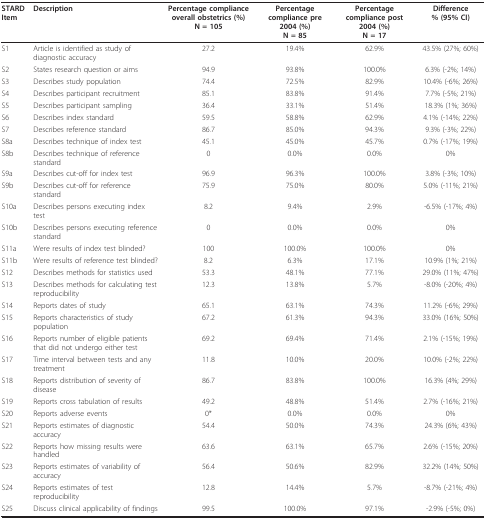
<table><thead><tr><td><b>STARD Item</b></td><td><b>Description</b></td><td><b>Percentage compliance overall obstetrics (%)N = 105</b></td><td><b>Percentage compliance pre 2004 (%)N = 85</b></td><td><b>Percentage compliance post 2004 (%)N = 17</b></td><td><b>Difference% (95% CI)</b></td></tr></thead><tbody><tr><td>S1</td><td>Article is identified as study of diagnostic accuracy</td><td>27.2</td><td>19.4%</td><td>62.9%</td><td>43.5% (27%; 60%)</td></tr><tr><td>S2</td><td>States research question or aims</td><td>94.9</td><td>93.8%</td><td>100.0%</td><td>6.3% (-2%; 14%)</td></tr><tr><td>S3</td><td>Describes study population</td><td>74.4</td><td>72.5%</td><td>82.9%</td><td>10.4% (-6%; 26%)</td></tr><tr><td>S4</td><td>Describes participant recruitment</td><td>85.1</td><td>83.8%</td><td>91.4%</td><td>7.7% (-5%; 21%)</td></tr><tr><td>S5</td><td>Describes participant sampling</td><td>36.4</td><td>33.1%</td><td>51.4%</td><td>18.3% (1%; 36%)</td></tr><tr><td>S6</td><td>Describes index standard</td><td>59.5</td><td>58.8%</td><td>62.9%</td><td>4.1% (-14%; 22%)</td></tr><tr><td>S7</td><td>Describes reference standard</td><td>86.7</td><td>85.0%</td><td>94.3%</td><td>9.3% (-3%; 22%)</td></tr><tr><td>S8a</td><td>Describes technique of index test</td><td>45.1</td><td>45.0%</td><td>45.7%</td><td>0.7% (-17%; 19%)</td></tr><tr><td>S8b</td><td>Describes technique of reference standard</td><td>0</td><td>0.0%</td><td>0.0%</td><td>0%</td></tr><tr><td>S9a</td><td>Describes cut-off for index test</td><td>96.9</td><td>96.3%</td><td>100.0%</td><td>3.8% (-3%; 10%)</td></tr><tr><td>S9b</td><td>Describes cut-off for reference standard</td><td>75.9</td><td>75.0%</td><td>80.0%</td><td>5.0% (-11%; 21%)</td></tr><tr><td>S10a</td><td>Describes persons executing index test</td><td>8.2</td><td>9.4%</td><td>2.9%</td><td>-6.5% (-17%; 4%)</td></tr><tr><td>S10b</td><td>Describes persons executing reference standard</td><td>0</td><td>0.0%</td><td>0.0%</td><td>0%</td></tr><tr><td>S11a</td><td>Were results of index test blinded?</td><td>100</td><td>100.0%</td><td>100.0%</td><td>0%</td></tr><tr><td>S11b</td><td>Were results of reference test blinded?</td><td>8.2</td><td>6.3%</td><td>17.1%</td><td>10.9% (1%; 21%)</td></tr><tr><td>S12</td><td>Describes methods for statistics used</td><td>53.3</td><td>48.1%</td><td>77.1%</td><td>29.0% (11%; 47%)</td></tr><tr><td>S13</td><td>Describes methods for calculating test reproducibility</td><td>12.3</td><td>13.8%</td><td>5.7%</td><td>-8.0% (-20%; 4%)</td></tr><tr><td>S14</td><td>Reports dates of study</td><td>65.1</td><td>63.1%</td><td>74.3%</td><td>11.2% (-6%; 29%)</td></tr><tr><td>S15</td><td>Reports characteristics of study population</td><td>67.2</td><td>61.3%</td><td>94.3%</td><td>33.0% (16%; 50%)</td></tr><tr><td>S16</td><td>Reports number of eligible patients that did not undergo either test</td><td>69.2</td><td>69.4%</td><td>71.4%</td><td>2.1% (-15%; 19%)</td></tr><tr><td>S17</td><td>Time interval between tests and any treatment</td><td>11.8</td><td>10.0%</td><td>20.0%</td><td>10.0% (-2%; 22%)</td></tr><tr><td>S18</td><td>Reports distribution of severity of disease</td><td>86.7</td><td>83.8%</td><td>100.0%</td><td>16.3% (4%; 29%)</td></tr><tr><td>S19</td><td>Reports cross tabulation of results</td><td>49.2</td><td>48.8%</td><td>51.4%</td><td>2.7% (-16%; 21%)</td></tr><tr><td>S20</td><td>Reports adverse events</td><td>0*</td><td>0.0%</td><td>0.0%</td><td>0%</td></tr><tr><td>S21</td><td>Reports estimates of diagnostic accuracy</td><td>54.4</td><td>50.0%</td><td>74.3%</td><td>24.3% (6%; 43%)</td></tr><tr><td>S22</td><td>Reports how missing results were handled</td><td>63.6</td><td>63.1%</td><td>65.7%</td><td>2.6% (-15%; 20%)</td></tr><tr><td>S23</td><td>Reports estimates of variability of accuracy</td><td>56.4</td><td>50.6%</td><td>82.9%</td><td>32.2% (14%; 50%)</td></tr><tr><td>S24</td><td>Reports estimates of test reproducibility</td><td>12.8</td><td>14.4%</td><td>5.7%</td><td>-8.7% (-21%; 4%)</td></tr><tr><td>S25</td><td>Discuss clinical applicability of findings</td><td>99.5</td><td>100.0%</td><td>97.1%</td><td>-2.9% (-5%; 0%)</td></tr></tbody></table>